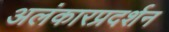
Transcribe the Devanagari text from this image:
अलंकारप्रदर्शन